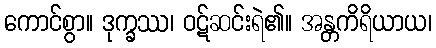
ကောင်စွာ။ ဒုက္ခဿ၊ ဝဋ်ဆင်းရဲ၏။ အန္တကိရိယာယ၊